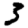
Digit: 3